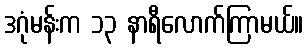
ဒဂုံမန်းက ၁၃ နာရီလောက်ကြာမယ်။